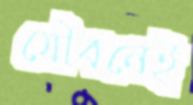
যৌবনেই